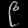
Digit: ၉